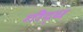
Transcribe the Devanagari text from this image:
गीद्ध